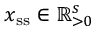
\boldsymbol { x } _ { \mathrm { s s } } \in \mathbb R _ { > 0 } ^ { s }